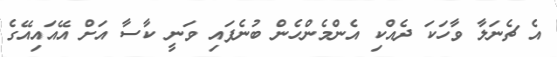
އެ ޗެނަލާ ވާހަކަ ދެއްކި އެންމެންހެން ބުނެފައި ވަނީ ކާސާ އަށް އޭއައިއޭގެ